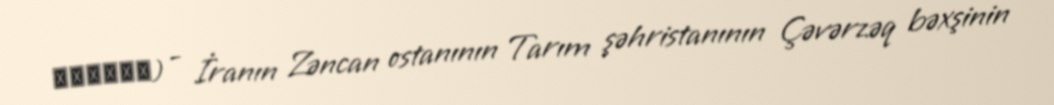
کلوییم) - İranın Zəncan ostanının Tarım şəhristanının Çəvərzəq bəxşinin